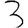
Digit: 3